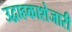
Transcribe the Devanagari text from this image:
उद्वाहकाशेजारी